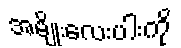
အမျိုးလေးပါးကို